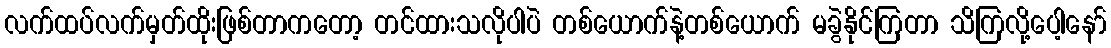
လက်ထပ်လက်မှတ်ထိုးဖြစ်တာကတော့ တင်ထားသလိုပါပဲ တစ်ယောက်နဲ့တစ်ယောက် မခွဲနိုင်ကြတာ သိကြလို့ပေါ့နော်